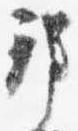
邦